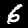
Digit: 6